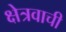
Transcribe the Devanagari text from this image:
क्षेत्रवाची